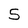
Character: S